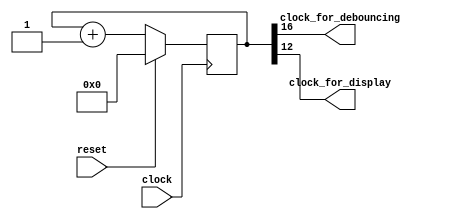
module clock_divider
(
    input        clock,
    input        reset,
    output       clock_for_debouncing,
    output       clock_for_display
);

    reg [19:0] counter;

    always @(posedge clock)
    begin
        if (reset)
            counter <= 0;
        else
            counter <= counter + 1;
    end

    // clock is 8 MHz
    // clock_for_debouncing is 8 MHz / 2 ** (16 + 1) ~ 61 Hz
    // clock_for_display    is 8 MHz / 2 ** (12 + 1) ~ 977 Hz

    assign clock_for_debouncing = counter [16];
    assign clock_for_display    = counter [12];

endmodule